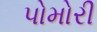
પોમોરી